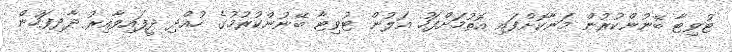
ޓުވިޓާ ބޭނުންކުރުން މަނާކޮށްފައި އޮތުމަށްފަހު އަލުން ޓުވިޓާ ބޭނުންކުރުމުގެ ހުއްދި ދީފައިވާއިރު ދާދިފަހުން